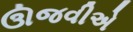
ઊજવીએ